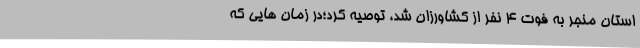
استان منجر به فوت 4 نفر از کشاورزان شد، توصیه کرد؛در زمان هایی که